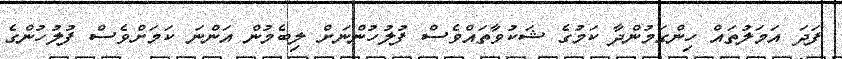
ފަދަ އަމަލުތައް ހިންގަމުންދާ ކަމުގެ ޝަކުވާތައްވެސް ފުލުހުންނަށް ލިބެމުން އަންނަ ކަމަށްވެސް ފުލުހުންގެ